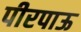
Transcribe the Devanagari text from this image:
पीरपाऊ